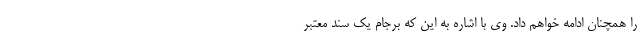
را همچنان ادامه خواهم داد. وی با اشاره به این که برجام یک سند معتبر